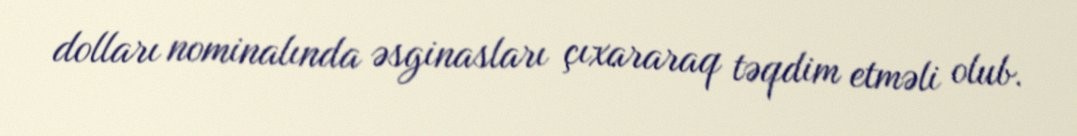
dolları nominalında əsginasları çıxararaq təqdim etməli olub.